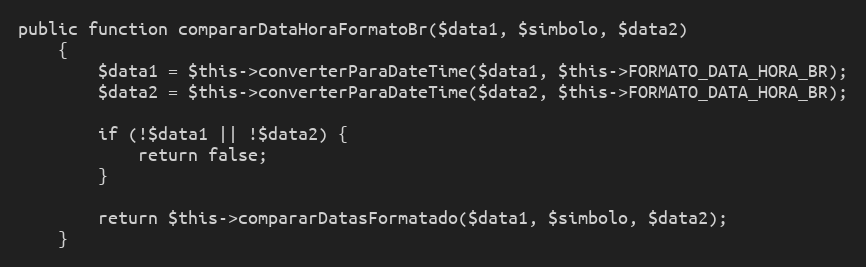
Language: PHP
public function compararDataHoraFormatoBr($data1, $simbolo, $data2)
    {
        $data1 = $this->converterParaDateTime($data1, $this->FORMATO_DATA_HORA_BR);
        $data2 = $this->converterParaDateTime($data2, $this->FORMATO_DATA_HORA_BR);

        if (!$data1 || !$data2) {
            return false;
        }

        return $this->compararDatasFormatado($data1, $simbolo, $data2);
    }